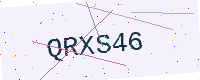
Text: QRXS46